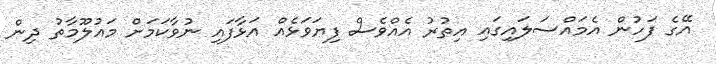
އޭގެ ފަހުން އެމައްސަލައިގައި އިތުރު އެއްވެސް ފިޔަވަޅެއް އަޅާފައި ނުވާކަމަށް މައުލޫމާތު ދިން